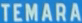
TEMARA